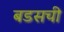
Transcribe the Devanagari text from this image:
बडसची